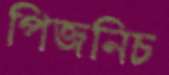
পিজনিচ